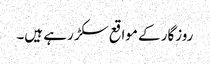
روزگار کے مواقع سکڑ رہے ہیں۔